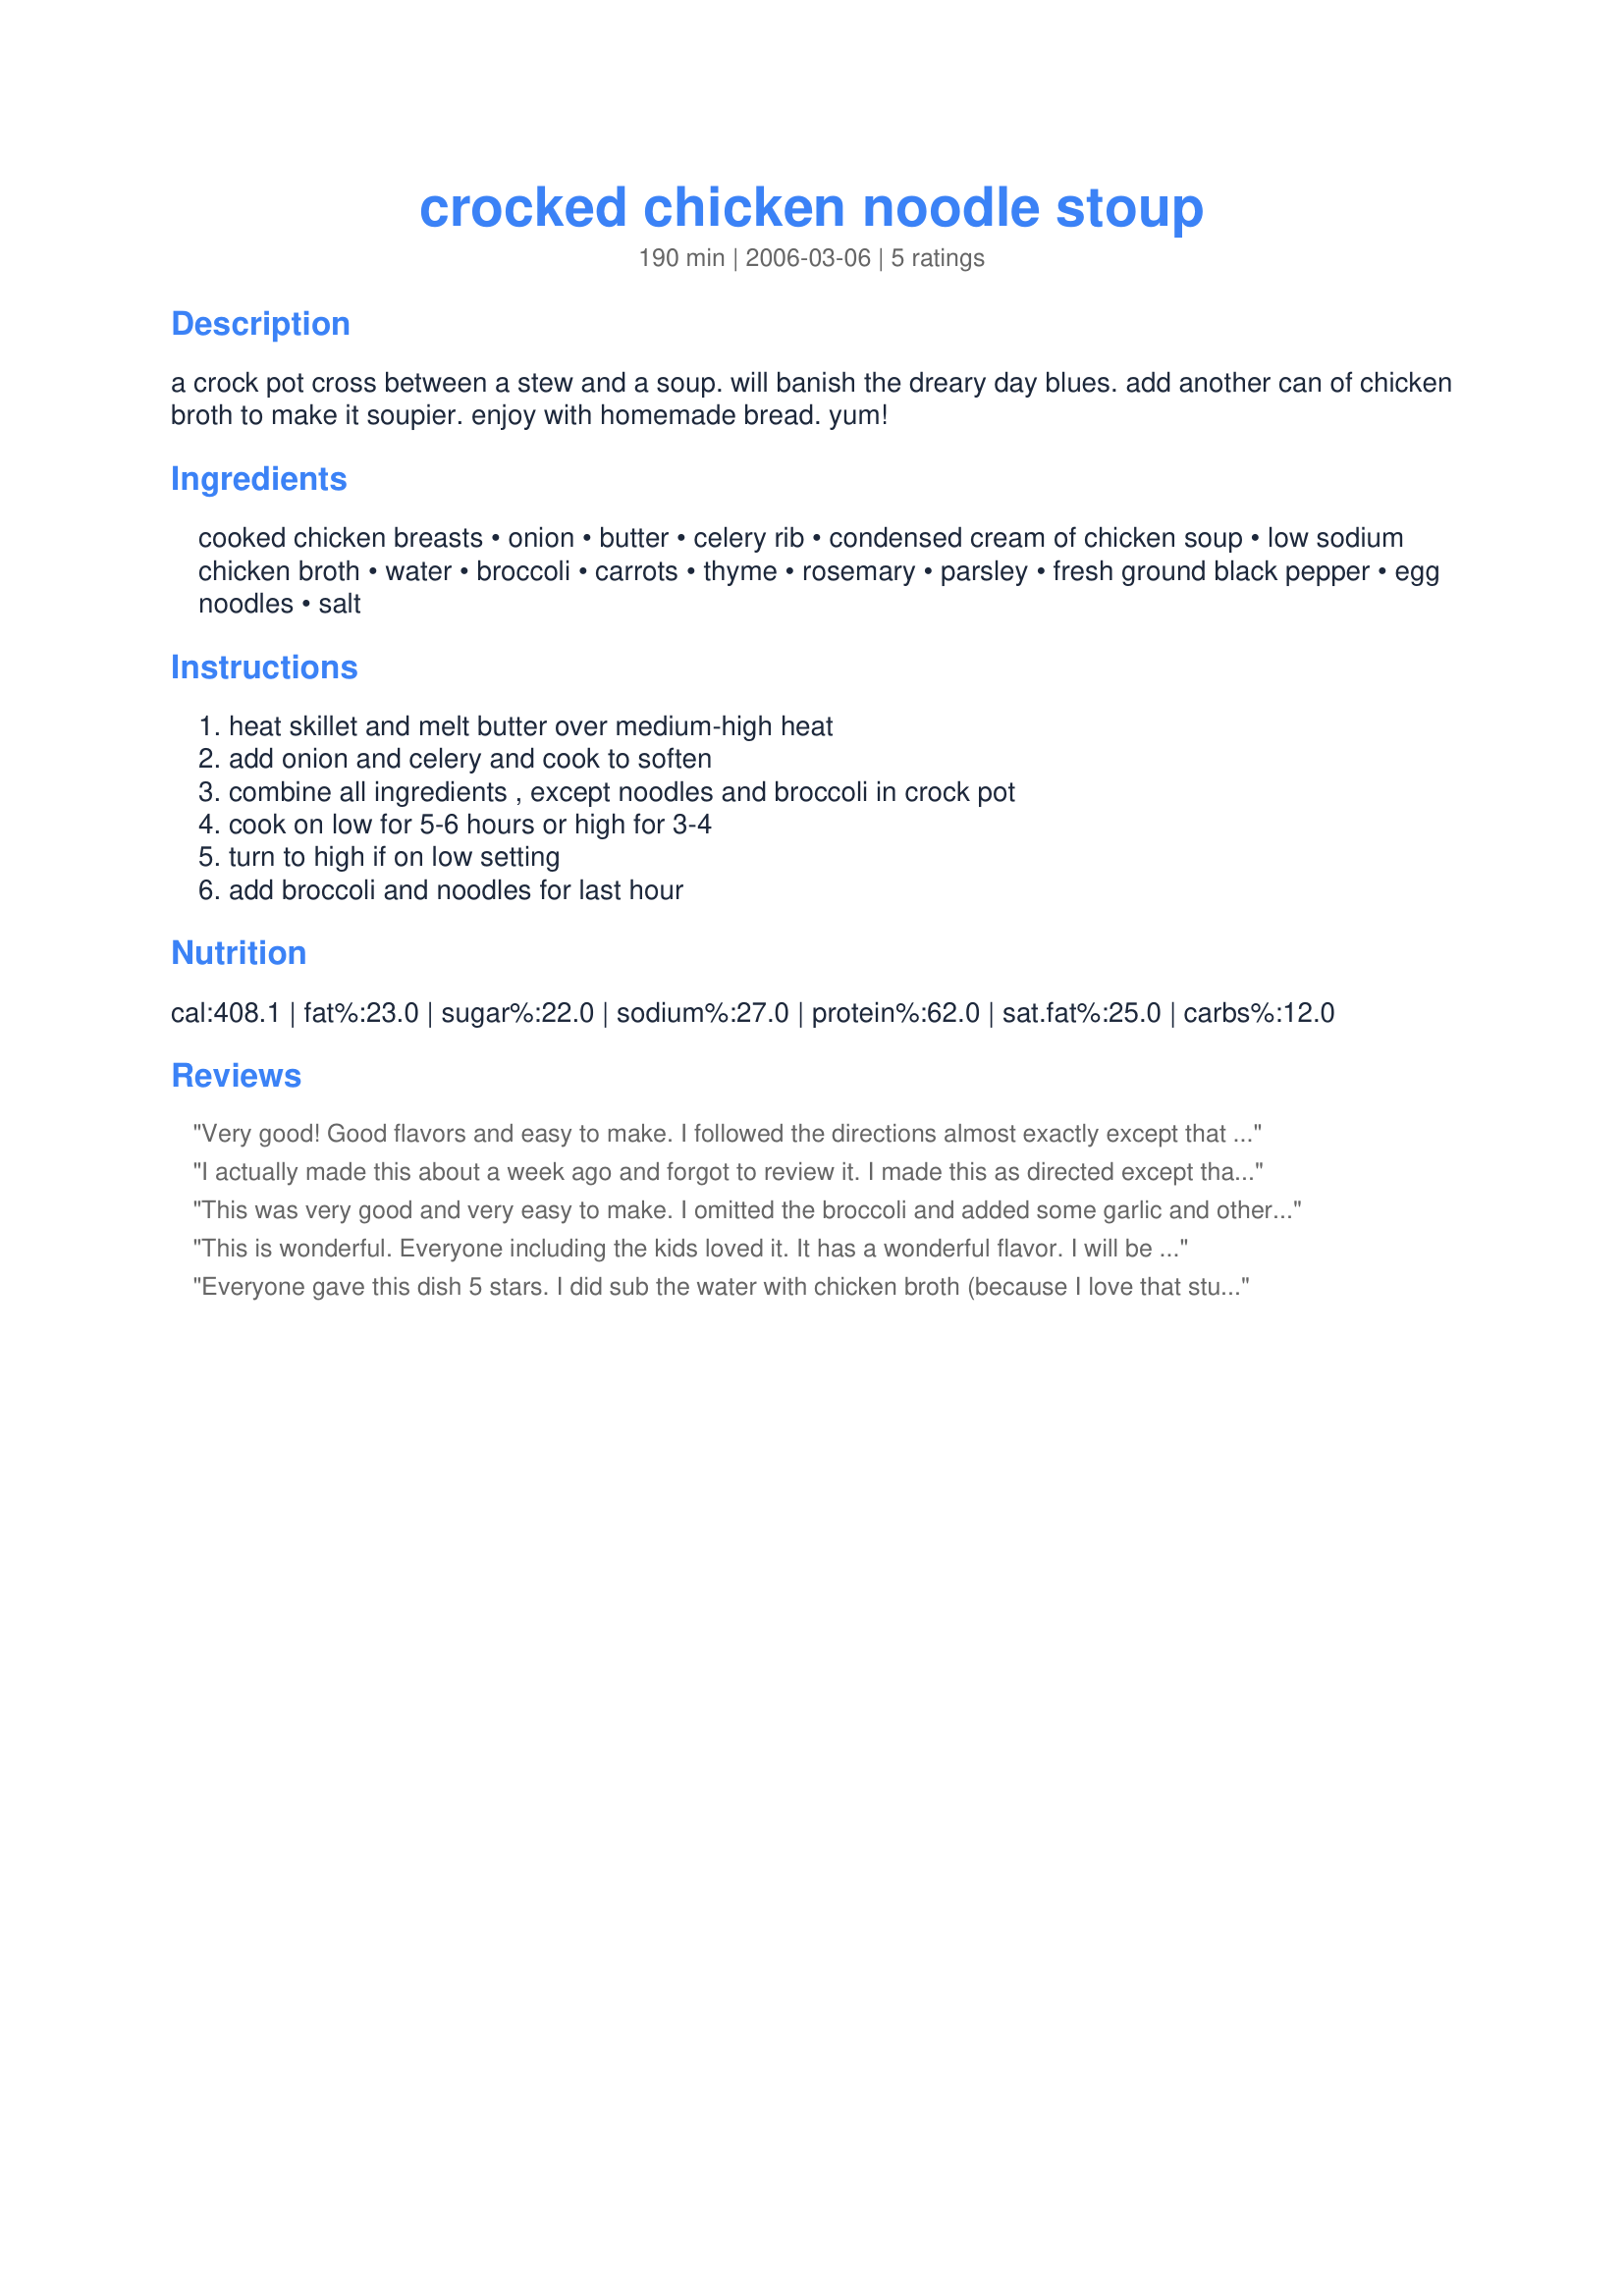
crocked chicken noodle stoup
Preparation time: 190 minutes

a crock pot cross between a stew and a soup. will banish the dreary day blues. add another can of chicken broth to make it soupier. enjoy with homemade bread. yum!

Ingredients:
cooked chicken breasts, onion, butter, celery rib, condensed cream of chicken soup, low sodium chicken broth, water, broccoli, carrots, thyme, rosemary, parsley, fresh ground black pepper, egg noodles, salt

Steps:
heat skillet and melt butter over medium-high heat, add onion and celery and cook to soften, combine all ingredients , except noodles and broccoli in crock pot, cook on low for 5-6 hours or high for 3-4, turn to high if on low setting, add broccoli and noodles for last hour

Reviews:
Very good! Good flavors and easy to make. I followed the directions almost exactly except that I used garlic salt instead of plain salt. Next time I will omit the broccoli. It was good with it, but the broccoli did not add to the dish. I only used one can of chicken broth and next time I will use two to make it more of like a soup.
I actually made this about a week ago and forgot to review it. I made this as directed except that I didn't use the crockpot. It was made on the stove top. This is a very, very good soup. I used broccoli and "No Yolks" noodles. With all of the fresh veggies and the broth you aren't even aware that it has canned soup in it, it just adds some body to the stock and good background flavor.
This was very good and very easy to make. I omitted the broccoli and added some garlic and other spices. Very tasty!
This is wonderful. Everyone including the kids loved it. It has a wonderful flavor. I will be making this again!!!!
Everyone gave this dish 5 stars. I did sub the water with chicken broth (because I love that stuff), and omitted the broccoli. Otherwise, I made as directed and soon discovered that this really wasn't even going to serve 3 people. I had to double the broth and add more chicken and noodles to get 5 servings. Yes, we are piggies and our serving sizes are a little larger than most. We all agreed that this goes into my favorites cookbook. Thank you!
